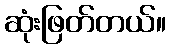
ဆုံးဖြတ်တယ်။